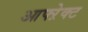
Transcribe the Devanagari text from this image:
आफ्ऱेक्ट